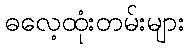
ဓလေ့ထုံးတမ်းများ